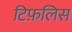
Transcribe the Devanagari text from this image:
टिफ़लिस